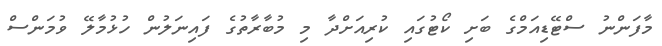
މާފަންނު ސްޓޭޑިއަމްގެ ބަށި ކޯޓުގައި ކުރިއަށްދާ މި މުބާރާތުގެ ފައިނަލުން ހުޅުމާލޭ ވުމަންސް